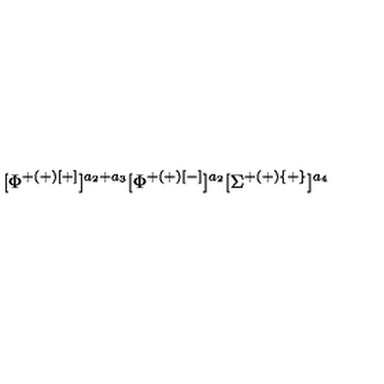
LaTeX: [ \Phi ^ { + ( + ) [ + ] } ] ^ { a _ { 2 } + a _ { 3 } } [ \Phi ^ { + ( + ) [ - ] } ] ^ { a _ { 2 } } [ \Sigma ^ { + ( + ) \{ + \} } ] ^ { a _ { 4 } }